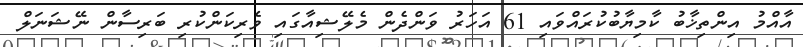
އާއްމު އިންތިޚާބު ކާމިޔާބުކުރައްވައި 61 އަހަރު ވަންދެން މެލޭޝިއާގައި ވެރިކަންކުރި ބަރިސާން ނޭޝަނަލް